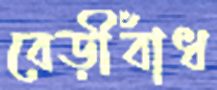
বেড়ীবাঁধ